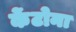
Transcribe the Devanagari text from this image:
केंटोना